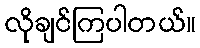
လိုချင်ကြပါတယ်။